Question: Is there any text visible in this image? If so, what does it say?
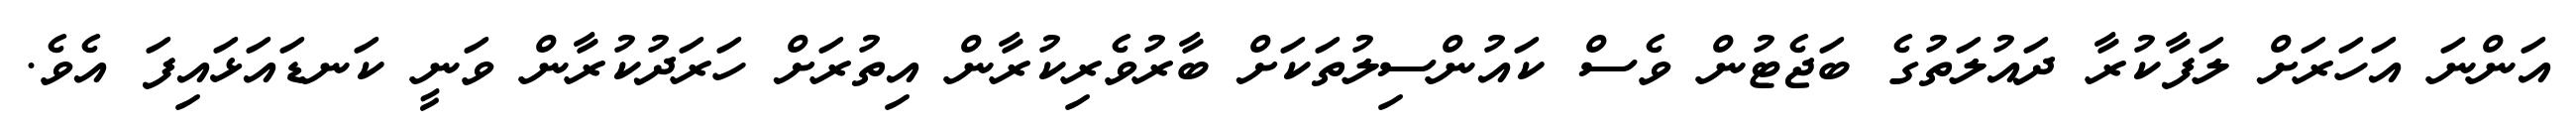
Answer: އަންނަ އަހަރަށް ލަފާކުރާ ދައުލަތުގެ ބަޖެޓުން ވެސް ކައުންސިލުތަކަށް ބާރުވެރިކުރާން އިތުރަށް ހަރަދުކުރާން ވަނީ ކަނޑައަޅައިފަ އެވެ.